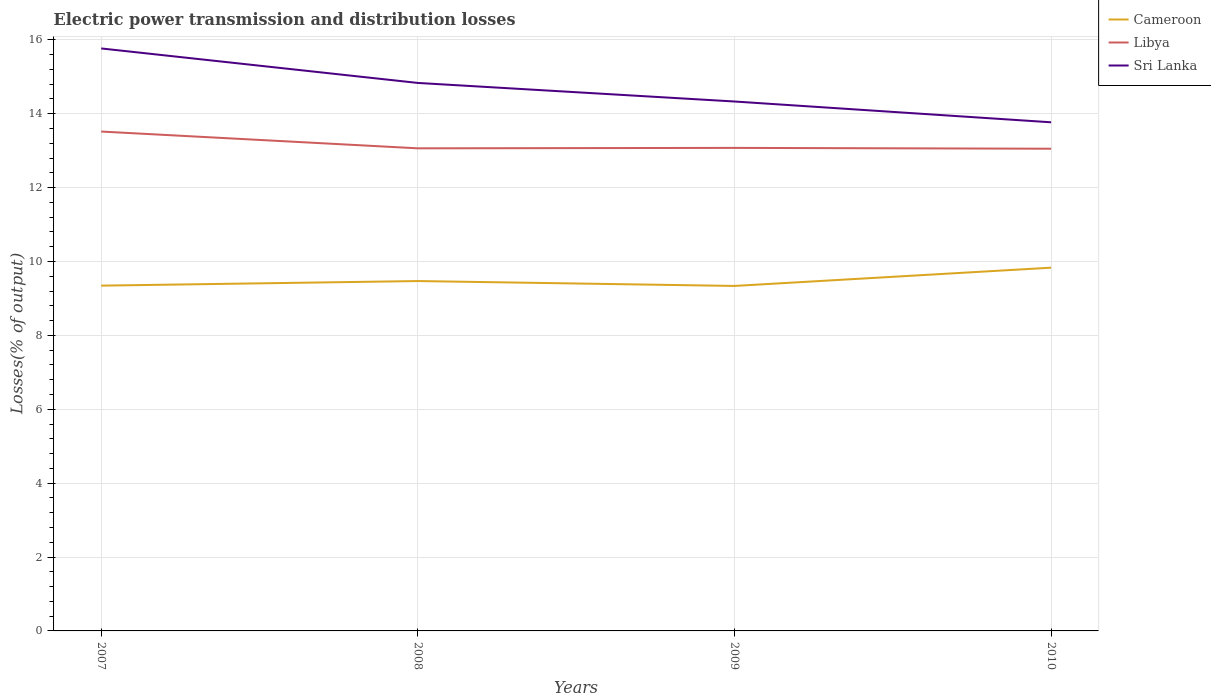
| Years | Cameroon | Libya | Sri Lanka |
 | --- | --- | --- | --- |
 | 2007 | 9.35 | 13.5 | 15.8 |
 | 2008 | 9.47 | 13.1 | 14.8 |
 | 2009 | 9.34 | 13.1 | 14.3 |
 | 2010 | 9.83 | 13.1 | 13.8 |